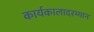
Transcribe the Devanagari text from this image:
कार्यकालादरम्यान